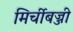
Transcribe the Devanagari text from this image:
मिर्चीबज्जी